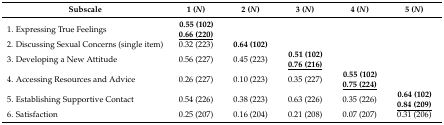
<table><thead><tr><td><b>Subscale</b></td><td><b>1 (<i>N</i>)</b></td><td><b>2 (<i>N</i>)</b></td><td><b>3 (<i>N</i>)</b></td><td><b>4 (<i>N</i>)</b></td><td><b>5 (<i>N</i>)</b></td></tr></thead><tbody><tr><td>1. Expressing True Feelings</td><td><b>0.55 (102)</b><b><underline>0.66 (220)</underline></b></td><td></td><td></td><td></td><td></td></tr><tr><td>2. Discussing Sexual Concerns (single item)</td><td>0.32 (223)</td><td><b>0.64 (102)</b></td><td></td><td></td><td></td></tr><tr><td>3. Developing a New Attitude</td><td>0.56 (227)</td><td>0.45 (223)</td><td><b>0.51 (102)</b><b><underline>0.76 (216)</underline></b></td><td></td><td></td></tr><tr><td>4. Accessing Resources and Advice</td><td>0.26 (227)</td><td>0.10 (223)</td><td>0.35 (227)</td><td><b>0.55 (102)</b><b><underline>0.75 (224)</underline></b></td><td></td></tr><tr><td>5. Establishing Supportive Contact</td><td>0.54 (226)</td><td>0.38 (223)</td><td>0.63 (226)</td><td>0.35 (226)</td><td><b>0.64 (102)</b><b><underline>0.84 (209)</underline></b></td></tr><tr><td>6. Satisfaction</td><td>0.25 (207)</td><td>0.16 (204)</td><td>0.21 (208)</td><td>0.07 (207)</td><td>0.31 (206)</td></tr></tbody></table>